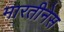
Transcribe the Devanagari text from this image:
मारतीनेस